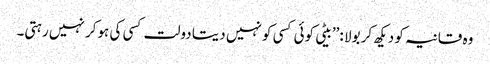
وہ قانیہ کو دیکھ کر بولا :’’بیٹی کوئی کسی کو نہیں دیتا دولت کسی کی ہوکر نہیں رہتی۔